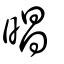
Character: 晿